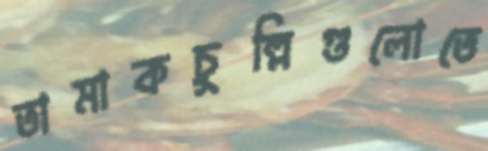
তামাকচুল্লিগুলোতে